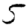
Digit: 5